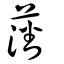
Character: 藩